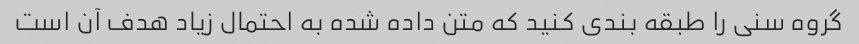
گروه سنی را طبقه بندی کنید که متن داده شده به احتمال زیاد هدف آن است